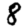
Digit: 8